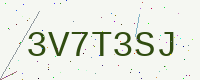
Text: 3V7T3SJ